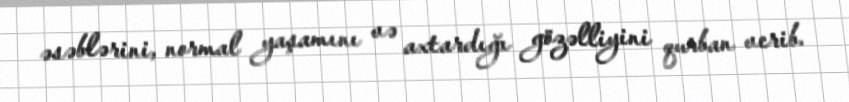
əsəblərini, normal yaşamını və axtardığı gözəlliyini qurban verib.